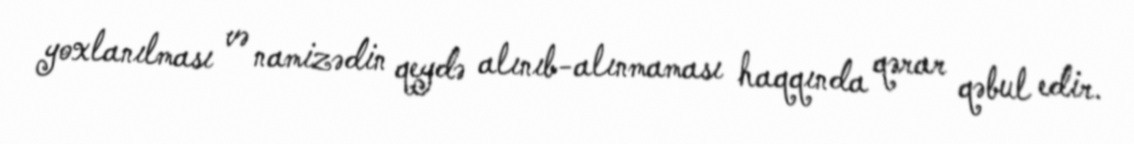
yoxlanılması və namizədin qeydə alınıb-alınmaması haqqında qərar qəbul edir.